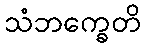
သံဘက္ခေတိ